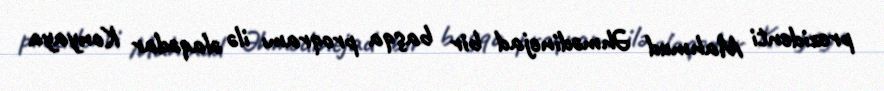
prezidenti Mahmud Əhmədinejad bir başqa proqramı ilə əlaqədar Konyaya